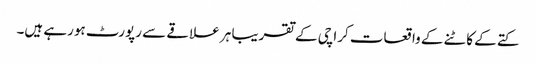
کتے کے کاٹنے کے واقعات کراچی کے تقریبا ہر علاقے سے رپورٹ ہورہے ہیں۔